Lunatic asylums Burma 1907-21 - 1907-1921
Year: 1907
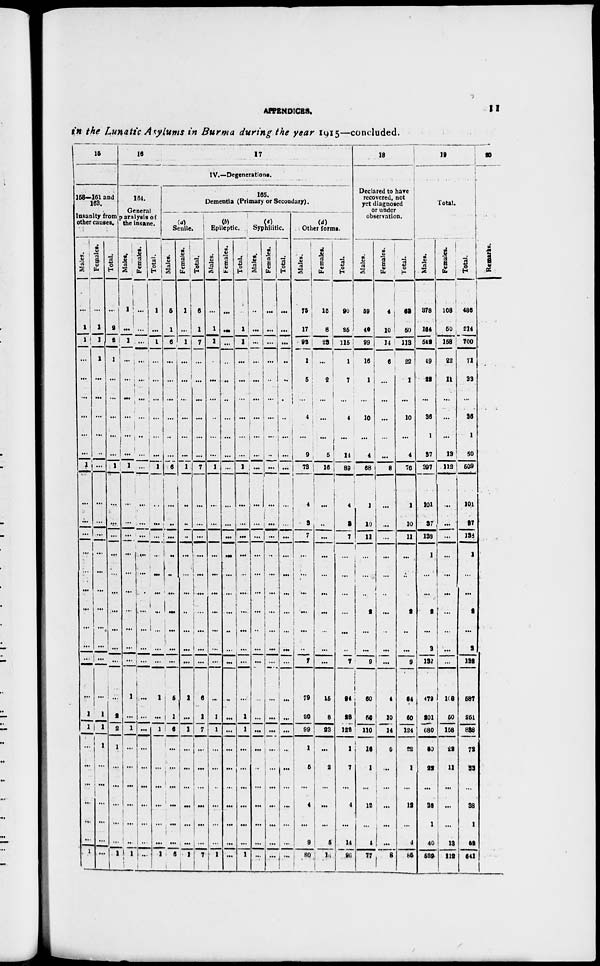
APPENDICES.
11
in the Lunatic Asylums in Burma during the year 1915—concluded.
15
158—161 and
168.
Insanity from
other causes.
Males.
...
1
1
...
...
...
...
...
...
1
...
...
...
...
...
...
...
...
...
...
...
1
1
...
...
...
...
...
...
1
Females.
...
1
1
1
...
...
...
...
..
...
...
...
...
...
...
...
...
...
...
...
...
1
1
1
...
...
...
...
...
...
Total.
...
2
2
1
...
...
...
...
...
1
...
...
...
...
...
...
...
...
...
...
...
2
2
1
...
...
...
...
...
1
16
17
IV.—Degenerations.
164.
General
paralysis of
the insane.
Males.
1
...
1
...
...
...
...
...
...
1
...
...
...
...
...
...
...
...
...
...
1
...
1
...
...
...
...
...
...
1
Females.
...
...
..
...
...
...
...
..
...
...
...
...
...
...
...
...
...
...
...
...
...
...
...
...
...
...
...
...
...
...
Total.
1
...
1
...
...
...
...
...
...
1
...
...
...
...
...
...
...
...
...
...
1
...
1
...
...
...
...
...
...
1
165.
Dementia (Primary or Secondary).
(a)
Senile.
Males.
5
1
6
...
...
...
...
..
...
6
...
..
...
..
...
...
...
...
...
...
5
1
6
...
...
...
...
...
...
6
Females.
1
...
1
...
...
...
...
...
...
1
..
..
..
...
...
...
..
...
...
...
1
...
1
...
...
...
...
. . .
...
1
Total.
6
1
7
...
...
...
...
...
...
7
...
...
...
...
...
...
...
...
...
6
1
7
...
...
...
...
...
...
7
(b)
Epileptic.
Males.
...
1
1
...
...
...
..
...
...
1
...
...
..
...
...
...
...
...
...
...
...
1
1
...
...
..
...
...
...
1
Females.
...
...
...
..
..
..
...
...
...
...
...
...
...
...
...
...
...
..
...
...
...
...
...
...
...
...
...
...
...
...
Total.
...
1
1
...
...
...
...
...
...
1
...
...
...
...
...
...
...
...
...
...
...
1
1
...
...
...
...
...
...
1
(c)
Syphilitic.
Males.
...
...
...
...
...
...
...
...
...
...
...
...
...
...
...
...
...
..
...
...
...
...
...
...
..
...
...
...
...
...
Females.
...
...
...
...
..
...
...
...
..
...
...
...
...
..
...
...
...
...
...
...
...
...
...
...
...
...
...
...
...
...
Total.
...
...
...
..
..
...
..
...
...
...
...
...
...
...
...
...
...
...
...
...
...
...
...
...
...
...
...
...
...
...
(d)
Other forms.
Males.
75
17
92
1
5
...
4
...
9
73
4
3
7
...
...
...
...
...
..
7
79
20
99
1
5
...
4
...
9
80
Females.
15
8
23
...
2
...
...
...
5
16
...
..
...
...
...
...
...
...
...
...
15
8
23
...
2
...
...
...
5
16
Total.
90
25
115
1
7
...
4
...
14
89
4
3
7
...
...
...
...
...
..
7
94
28
122
1
7
...
4
...
14
96
18
Declared to have
recovered, not
yet diagnosed
or under
observation.
Males.
59
40
99
16
1
...
10
...
4
68
1
10
11
...
...
..
2
...
...
9
60
50
110
16
1
...
12
...
4
77
Females.
4
10
14
6
...
...
...
...
...
8
...
...
...
...
...
..
...
..
...
...
4
10
14
6
...
...
...
...
...
8
Total.
63
50
113
22
1
...
10
...
4
76
1
10
11
...
..
...
2
..
...
9
64
60
124
22
1
...
12
...
4
85
19
Total.
Males.
378
164
542
49
22
...
36
1
37
397
101
27
138
1
...
...
2
...
3
132
479
201
680
50
22
...
38
1
40
529
Females.
108
50
158
22
11
...
...
...
13
112
...
...
...
...
...
...
...
...
...
...
108
50
158
22
11
...
...
...
13
112
Total.
486
214
700
71
33
...
36
1
50
509
101
27
138
1
...
...
2
...
3
132
587
251
838
72
33
...
38
1
53
541
20
Remarks.